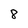
Character: 8